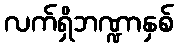
လက်ရှိဘဏ္ဍာနှစ်